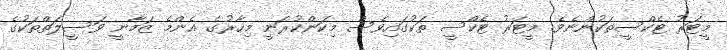
މީޓަރު ޓެކްސީތަކުންނެވެ. މީޓަރު ޓެކްސީ ތަކުގައިވެސް މިކަންކުރަނީ މިހާރުގެ އެންމެ ޒަމާނީ ވަސީލަތްތަކުގެ